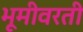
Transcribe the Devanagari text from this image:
भूमीवरती